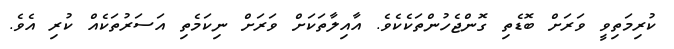
ކުރިމަތިވީ ވަރަށް ބޮޑެތި ގޮންޖެހުންތަކެކެވެ. އާއިލާތަކަށް ވަރަށް ނިކަމެތި އަސަރުތަކެއް ކުރި އެވެ.